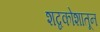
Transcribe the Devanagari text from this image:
शब्दकोशातून